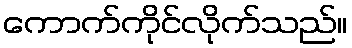
ကောက်ကိုင်လိုက်သည်။